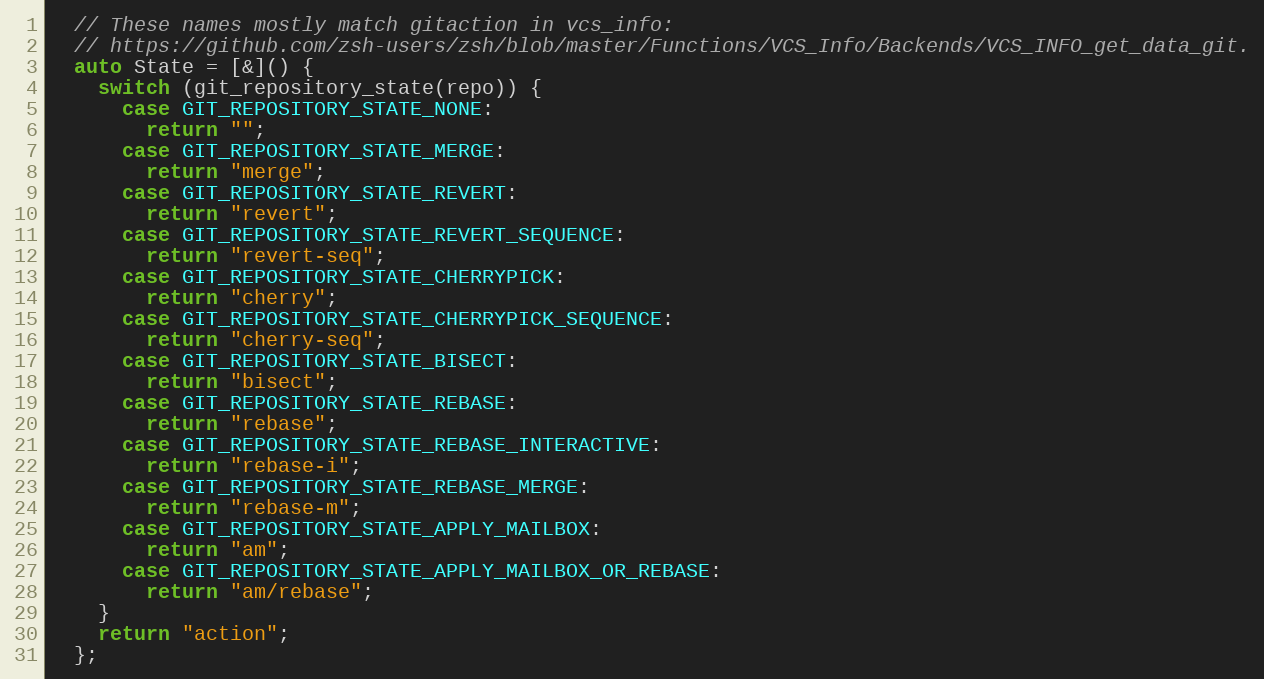
Language: C++
  // These names mostly match gitaction in vcs_info:
  // https://github.com/zsh-users/zsh/blob/master/Functions/VCS_Info/Backends/VCS_INFO_get_data_git.
  auto State = [&]() {
    switch (git_repository_state(repo)) {
      case GIT_REPOSITORY_STATE_NONE:
        return "";
      case GIT_REPOSITORY_STATE_MERGE:
        return "merge";
      case GIT_REPOSITORY_STATE_REVERT:
        return "revert";
      case GIT_REPOSITORY_STATE_REVERT_SEQUENCE:
        return "revert-seq";
      case GIT_REPOSITORY_STATE_CHERRYPICK:
        return "cherry";
      case GIT_REPOSITORY_STATE_CHERRYPICK_SEQUENCE:
        return "cherry-seq";
      case GIT_REPOSITORY_STATE_BISECT:
        return "bisect";
      case GIT_REPOSITORY_STATE_REBASE:
        return "rebase";
      case GIT_REPOSITORY_STATE_REBASE_INTERACTIVE:
        return "rebase-i";
      case GIT_REPOSITORY_STATE_REBASE_MERGE:
        return "rebase-m";
      case GIT_REPOSITORY_STATE_APPLY_MAILBOX:
        return "am";
      case GIT_REPOSITORY_STATE_APPLY_MAILBOX_OR_REBASE:
        return "am/rebase";
    }
    return "action";
  };